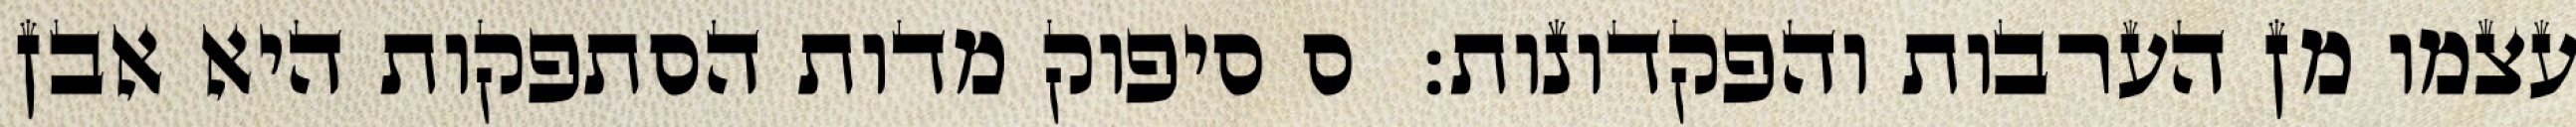
עצמו מן הערבות והפקדונות:  ס סיפוק מדות הסתפקות היא אבן